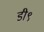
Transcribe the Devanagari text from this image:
डी९